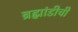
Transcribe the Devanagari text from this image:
ब्रह्मांडीची